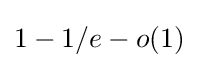
1-1/e-o(1)